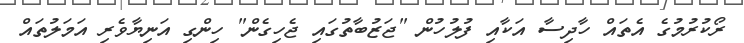
ރޯކުރުމުގެ އެތައް ހާދިސާ އަކާއި ފުލުހުން "ޖަޒުބާތުގައި ޖެހިގެން" ހިންގި އަނިޔާވެރި އަމަލުތައް